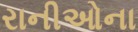
રાનીઓના